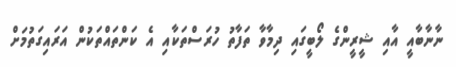
ނާނާބާއީ އާއި ޝީރީންގެ ލޯބީގައި ދިމާވާ ތަފާތު ހުރަސްތަކާއި އެ ކަންތައްތަކުން އަރައިގަތުމަށް